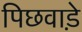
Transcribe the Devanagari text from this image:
पिछवाडे़